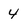
Character: 4